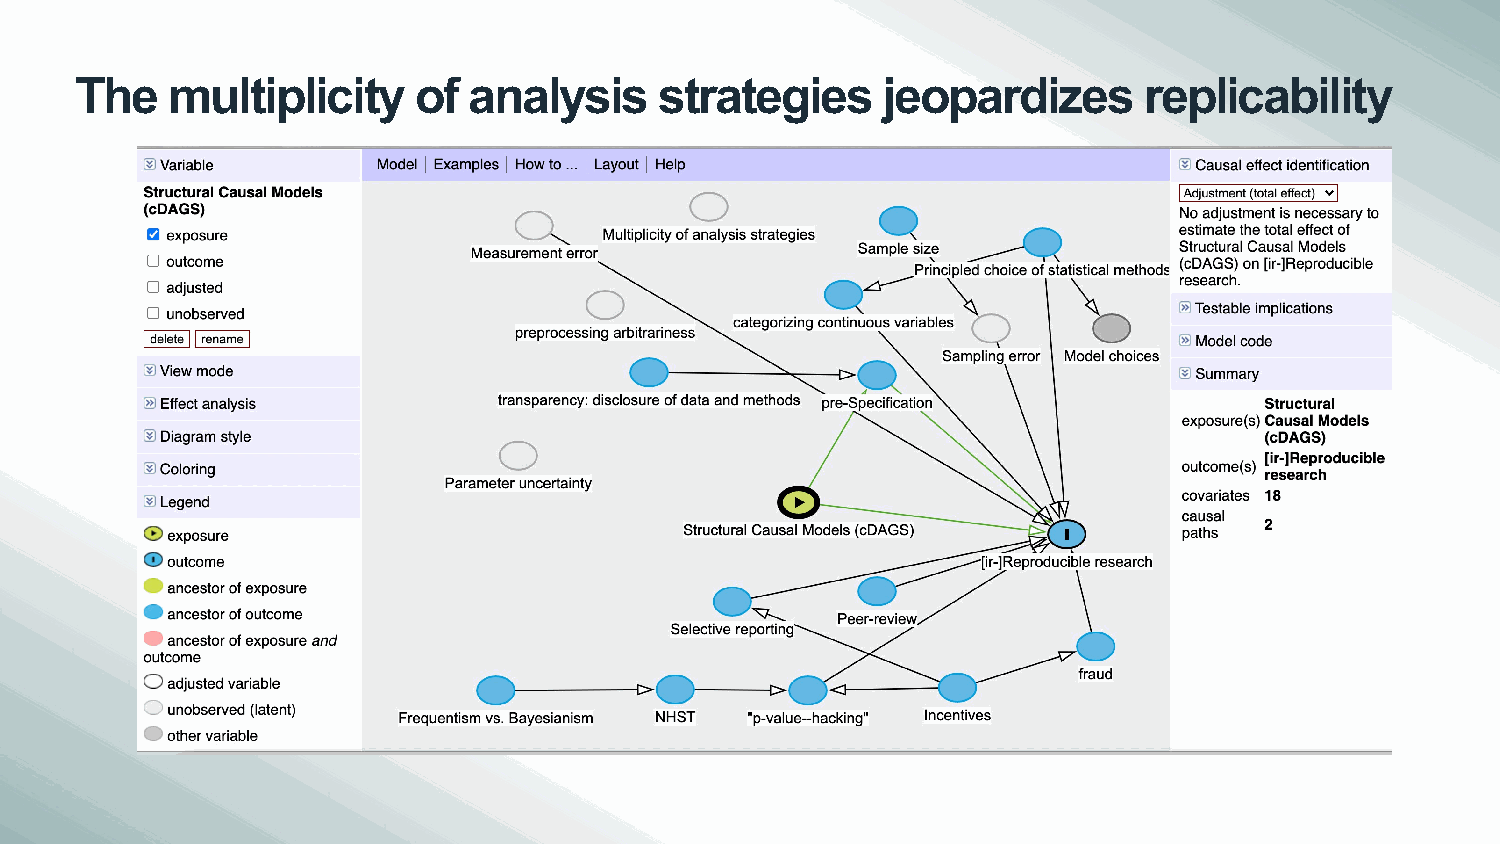
The   multiplicity    of  analysis     strategies    jeopardizes       replicability